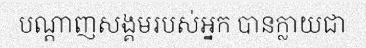
បណ្តាញសង្គមរបស់អ្នក បានក្លាយជា